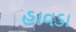
હાવડા